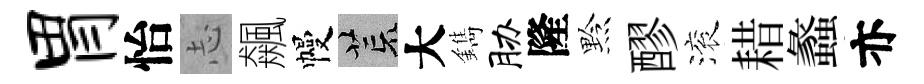
胃怡𢖽飆幔荒大鐫胁隆黔醪滚耤蠡亦